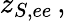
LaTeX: z_{S,ee}\, ,